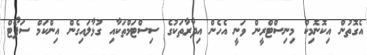
އެގޮތުން އިކޮނޮމިކް މިނިސްޓްރީން ވަނީ އެހެން އިދާރާތަކުގެ ސިސްޓަމްތަކާއި ގުޅާލައިގެން އިންކަމް ސަޕޯޓް